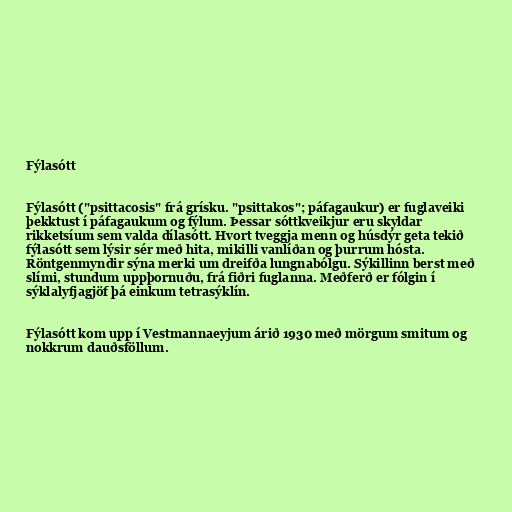
Fýlasótt

Fýlasótt ("psittacosis" frá grísku. "psittakos"; páfagaukur) er fuglaveiki
þekktust í páfagaukum og fýlum. Þessar sóttkveikjur eru skyldar
rikketsíum sem valda dílasótt. Hvort tveggja menn og húsdýr geta tekið
fýlasótt sem lýsir sér með hita, mikilli vanlíðan og þurrum hósta.
Röntgenmyndir sýna merki um dreifða lungnabólgu. Sýkillinn berst með
slími, stundum uppþornuðu, frá fiðri fuglanna. Meðferð er fólgin í
sýklalyfjagjöf þá einkum tetrasýklín.

Fýlasótt kom upp í Vestmannaeyjum árið 1930 með mörgum smitum og
nokkrum dauðsföllum.